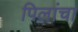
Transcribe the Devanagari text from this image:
पिलांचा